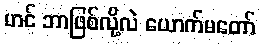
ဟင် ဘာဖြစ်လို့လဲ ယောက်မတော်